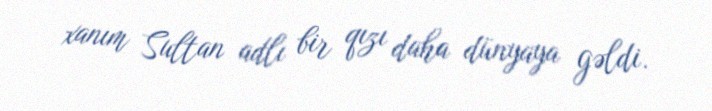
xanım Sultan adlı bir qızı daha dünyaya gəldi.